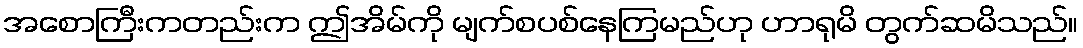
အစောကြီးကတည်းက ဤအိမ်ကို မျက်စပစ်နေကြမည်ဟု ဟာရုမိ တွက်ဆမိသည်။